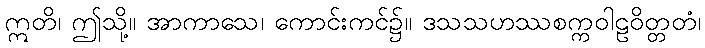
ဣတိ၊ ဤသို့။ အာကာသေ၊ ကောင်းကင်၌။ ဒသသဟဿစက္ကဝါဠဝိတ္တတံ၊